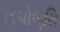
તપોભૂમિ